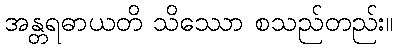
အန္တရဓာယတိ သိဿော စသည်တည်း။